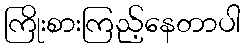
ကြိုးစားကြည့်နေတာပါ